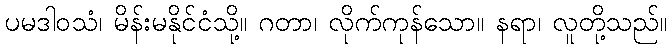
ပမဒါဝသံ၊ မိန်းမနိုင်ငံသို့။ ဂတာ၊ လိုက်ကုန်သော။ နရာ၊ လူတို့သည်။